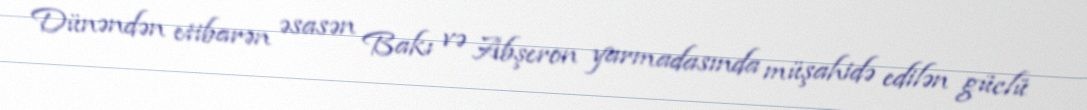
Dünəndən etibarən əsasən Bakı və Abşeron yarmadasında müşahidə edilən güclü